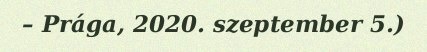
– Prága, 2020. szeptember 5.)